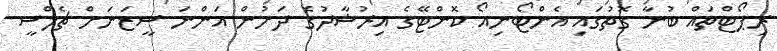
ރިޕޯޓްތައް ބުނާ ގޮތުގައި އެންޓޯނިއޯ ކޮންޓޭގެ އިރުޝާދުގެ ދަށުން އަންނަ ސީޒަނަށް ޗެލްސީ